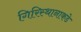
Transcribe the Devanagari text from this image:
गिरिस्थानाकडे